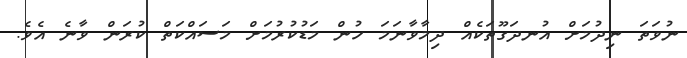
ނުވަތަ ނިދުމަށް އުނދަގޫތަކެއް ދިމާވާނަމަ ހުން މަޑުކުރުމަށް މަސައްކަތް ކުރަން ވާނެ އެވެ.